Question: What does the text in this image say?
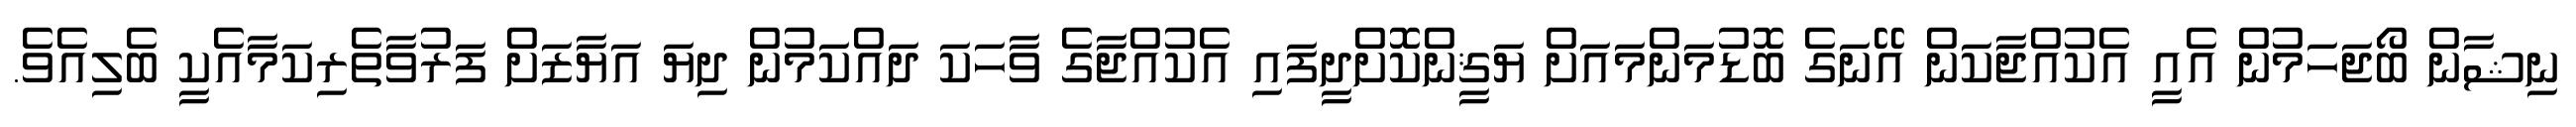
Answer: ނިޝާން ބޯޖަހަމުން އެއީ އެކުއްޖާކަން އޭނަގެ ބޮޑުމަންމައަށް ޔަޤީންކޮށްދީފައި އެކުއްޖާގެ ވާހަކަ ދައްކަމުން ދިޔަ އަޔާޒަށް ފަރުވާތެރިކަމާއެކީ ބެލިއެވެ.